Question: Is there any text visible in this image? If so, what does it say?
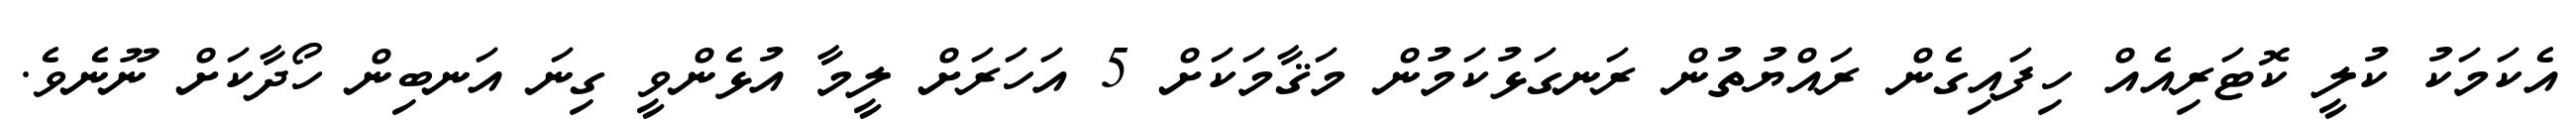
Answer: އެކަމަކު ކުލީ ކޮޓަރިއެއް ހިފައިގެން ރައްޔުތުން ރަނގަޅުކަމުން މަޤާމަކަށް 5 އަހަރަށް ލީމާ އުޅެންވީ ގިނަ އަނބިން ހޯދާކަށް ނޫނެވެ.